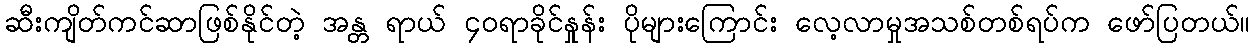
ဆီးကျိတ်ကင်ဆာဖြစ်နိုင်တဲ့ အန္တ ရာယ် ၄၀ရာခိုင်နှုန်း ပိုများကြောင်း လေ့လာမှုအသစ်တစ်ရပ်က ဖော်ပြတယ်။